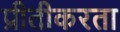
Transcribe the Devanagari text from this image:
प्रीतीकरता